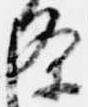
条